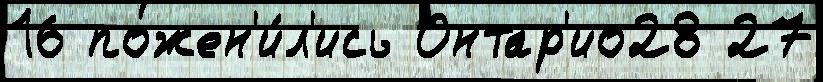
16 пожен'и́л'ись Онтар'ио28 27